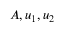
A , u _ { 1 } , u _ { 2 }